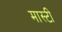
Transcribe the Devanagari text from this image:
मास्टी